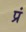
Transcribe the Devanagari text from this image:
प्रं